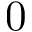
0